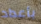
بأعداد